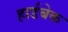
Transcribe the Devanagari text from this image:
हार्डबेक